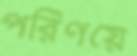
পরিণয়ে